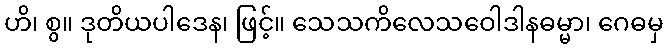
ဟိ၊ စွ။ ဒုတိယပါဒေန၊ ဖြင့်။ သေသကိလေသဝေါဒါနဓမ္မာ၊ ဂေဓမှ